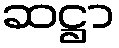
ဆဋ္ဌာ